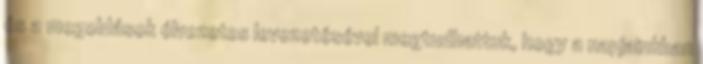
és a megoldások élvezetes levezetésével megtudhattuk, hogy a napjainkban